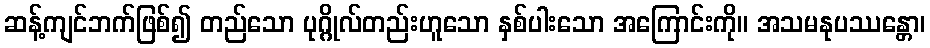
ဆန့်ကျင်ဘက်ဖြစ်၍ တည်သော ပုဂ္ဂိုလ်တည်းဟူသော နှစ်ပါးသော အကြောင်းကို။ အသမနုပဿန္တော၊